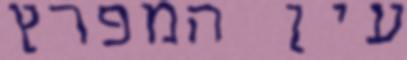
עין המפרץ